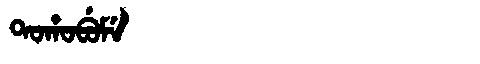
Manchu: ᡨᠣᡥᠣᠪᡠᠮᡝ
Romanization: TOHOBUME